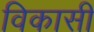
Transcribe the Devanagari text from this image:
विकासी